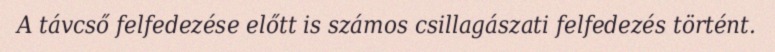
A távcső felfedezése előtt is számos csillagászati felfedezés történt.